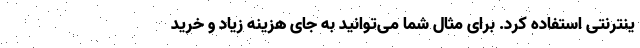
ینترنتی استفاده کرد. برای مثال شما می‌توانید به جای هزینه زیاد و خرید